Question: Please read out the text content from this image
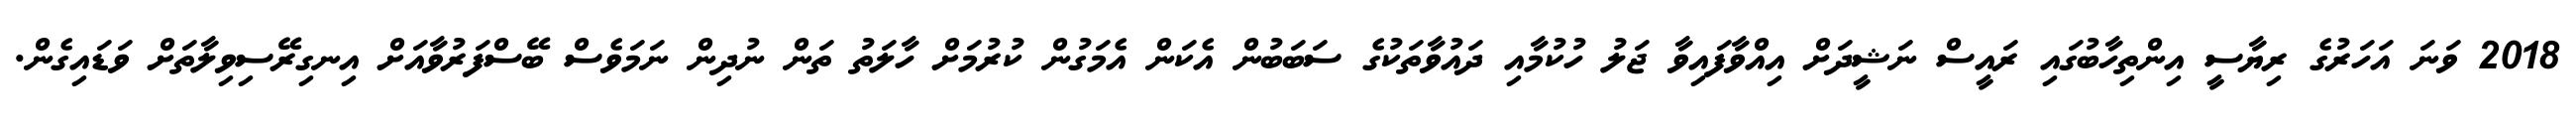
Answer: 2018 ވަނަ އަހަރުގެ ރިޔާސީ އިންތިހާބުގައި ރައީސް ނަޝީދަށް އިއްވާފައިވާ ޖަލު ހުކުމާއި ދައުވާތަކުގެ ސަބަބުން އެކަން އެމަގުން ކުރުމަށް ހާލަތު ތަން ނުދިން ނަމަވެސް ބޭސްފަރުވާއަށް އިނގިރޭސިވިލާތަށް ވަޑައިގެން.